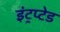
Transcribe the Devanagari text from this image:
इंट्रप्टेड